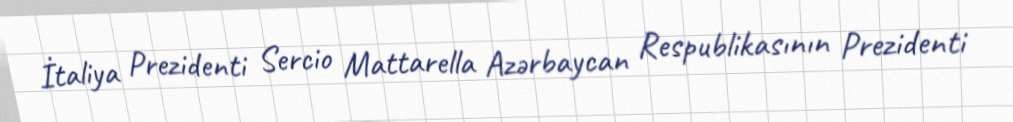
İtaliya Prezidenti Sercio Mattarella Azərbaycan Respublikasının Prezidenti